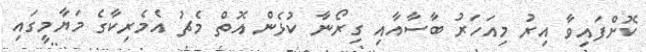
ކޮށްފައިވާ އިރު މިއަހަރު ބާސާއާއި ގިރޯނާ ކުޅެން އޮތް މެޗު އެމެރިކާގެ މަޔާމީގައި